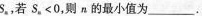
S_{n}，若S_{n}<0，则n的最小值为_______。